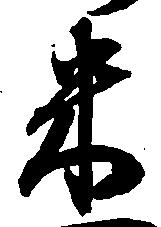
米